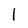
Character: l